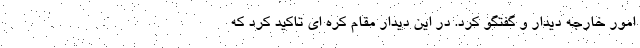
امور خارجه دیدار و گفتگو کرد. در این دیدار مقام کره ای تاکید کرد که